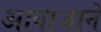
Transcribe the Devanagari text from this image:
आवाजानें